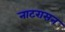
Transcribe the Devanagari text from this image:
नाटरासन